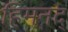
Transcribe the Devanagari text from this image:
हिमनद्